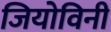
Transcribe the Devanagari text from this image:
जियोविनी